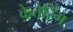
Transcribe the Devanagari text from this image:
केत्तेरिंग